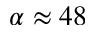
\alpha \approx 4 8